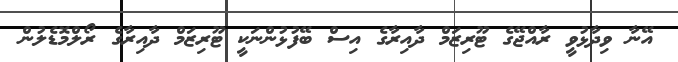
އޭނާ ވިދާޅުވީ ރާއްޖޭގެ ޓޫރިޒަމް ދާއިރާގެ އިސް ބޭފުޅުންނަކީ ޓޫރިޒަމް ދާއިރާގެ ރޯލްމޮޑެލުން